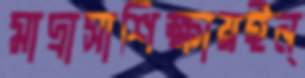
মাদ্রাসাশিক্ষায়ইন্